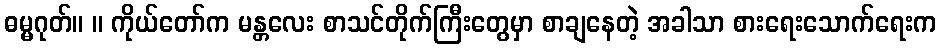
ဓမ္မဂုတ်။ ။ ကိုယ်တော်က မန္တလေး စာသင်တိုက်ကြီးတွေမှာ စာချနေတဲ့ အခါသာ စားရေးသောက်ရေးက